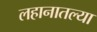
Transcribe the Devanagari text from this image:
लहानातल्या